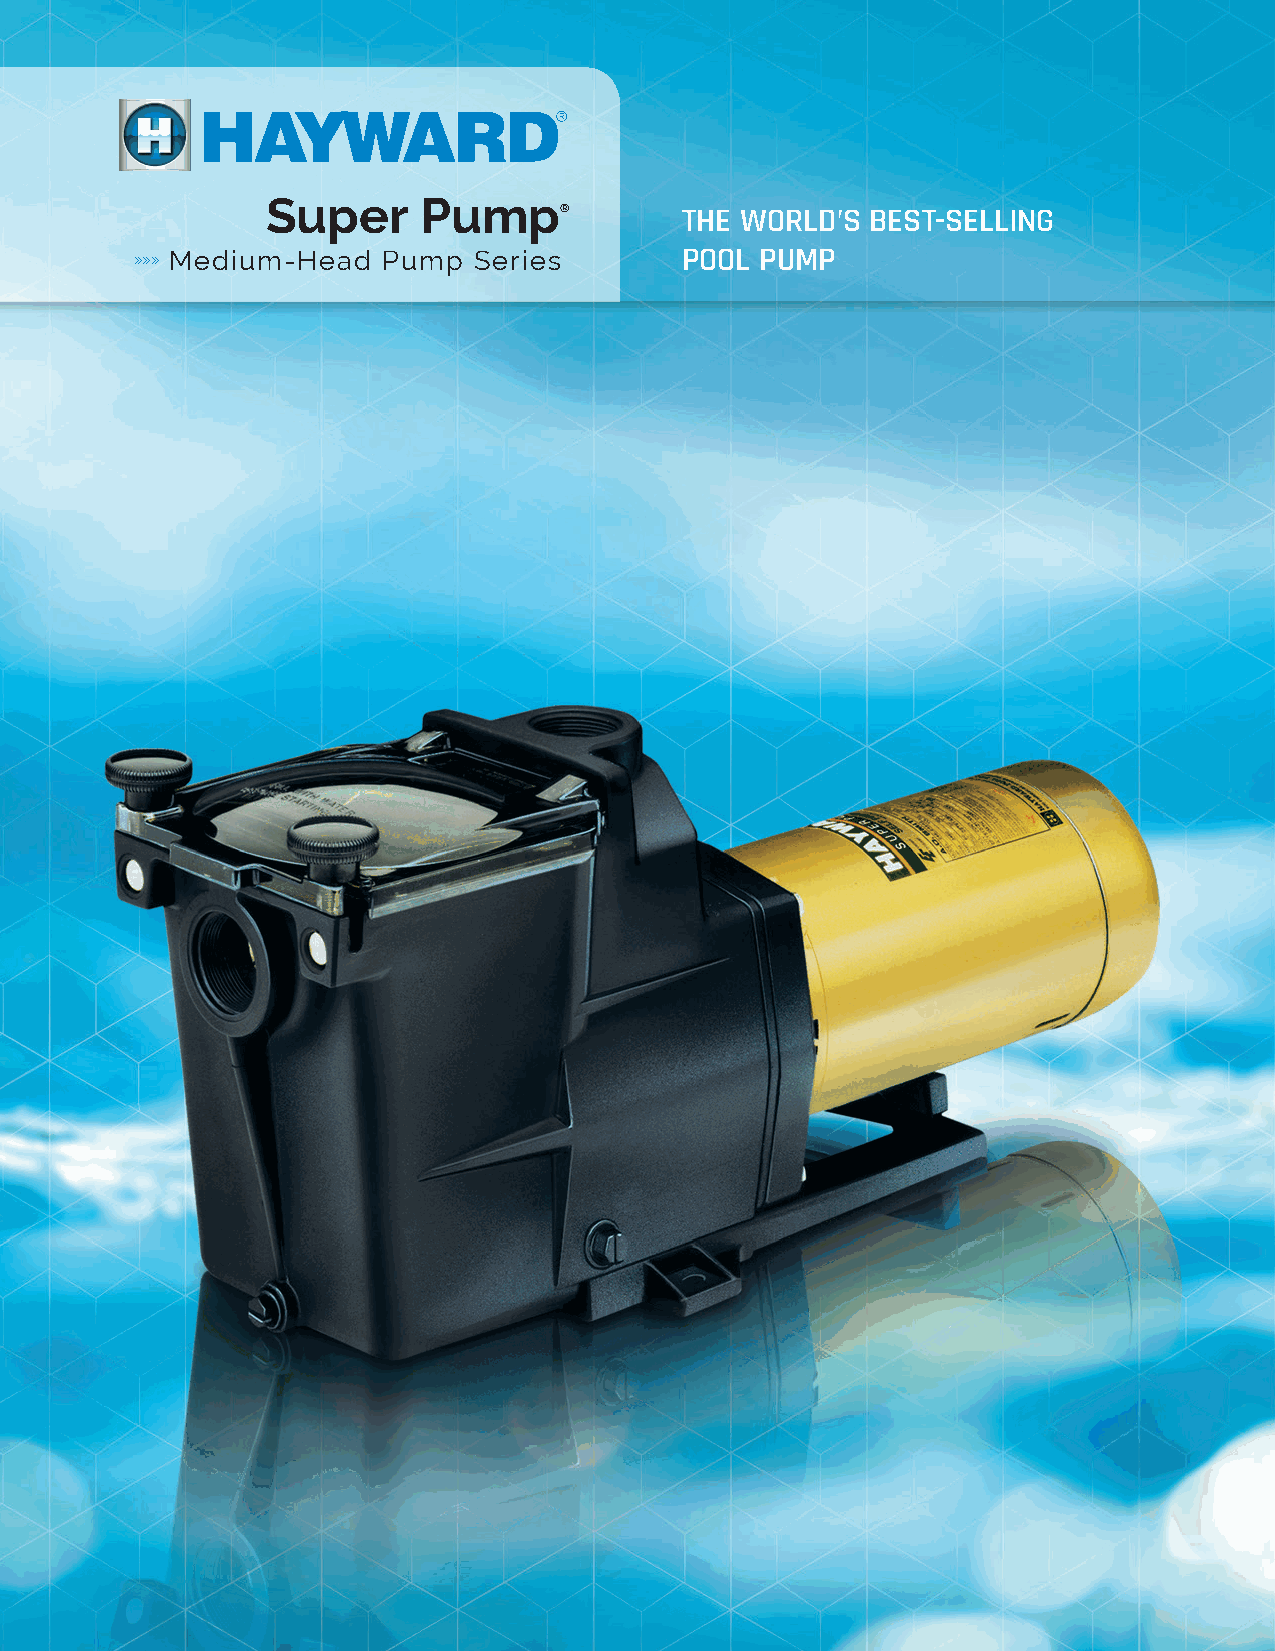
Super     Pump
 ®       THE WORLD’S  BEST-SELLING
 »»» Medium-Head Pump  Series        POOL PUMP